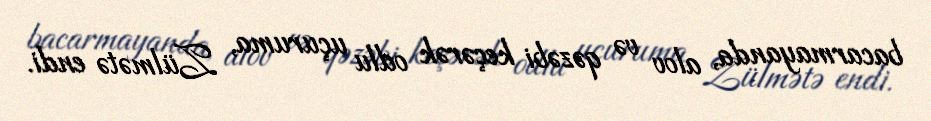
bacarmayanda, alov və qəzəbi keçərək odlu uçuruma, Zülmətə endi.